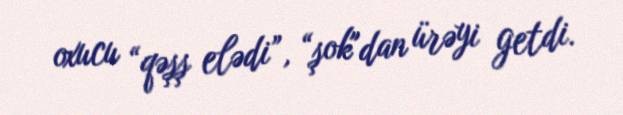
oxucu “qəşş elədi”, “şok"dan ürəyi getdi.